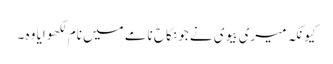
کیونکہ میری بیوی نے جو نکاح نامے میں نام لکھوایا وہ ۔